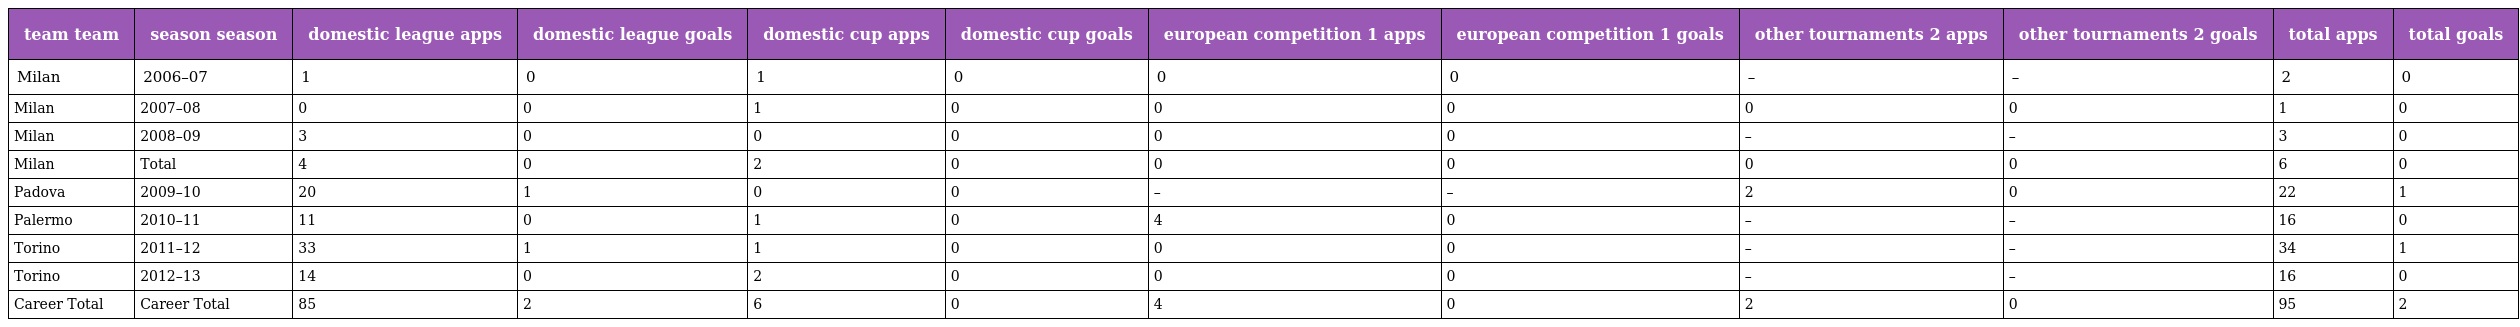
| team team | season season | domestic league apps | domestic league goals | domestic cup apps | domestic cup goals | european competition 1 apps | european competition 1 goals | other tournaments 2 apps | other tournaments 2 goals | total apps | total goals |
 | --- | --- | --- | --- | --- | --- | --- | --- | --- | --- | --- | --- |
 | Milan | 2006–07 | 1 | 0 | 1 | 0 | 0 | 0 | – | – | 2 | 0 |
 | Milan | 2007–08 | 0 | 0 | 1 | 0 | 0 | 0 | 0 | 0 | 1 | 0 |
 | Milan | 2008–09 | 3 | 0 | 0 | 0 | 0 | 0 | – | – | 3 | 0 |
 | Milan | Total | 4 | 0 | 2 | 0 | 0 | 0 | 0 | 0 | 6 | 0 |
 | Padova | 2009–10 | 20 | 1 | 0 | 0 | – | – | 2 | 0 | 22 | 1 |
 | Palermo | 2010–11 | 11 | 0 | 1 | 0 | 4 | 0 | – | – | 16 | 0 |
 | Torino | 2011–12 | 33 | 1 | 1 | 0 | 0 | 0 | – | – | 34 | 1 |
 | Torino | 2012–13 | 14 | 0 | 2 | 0 | 0 | 0 | – | – | 16 | 0 |
 | Career Total | Career Total | 85 | 2 | 6 | 0 | 4 | 0 | 2 | 0 | 95 | 2 |